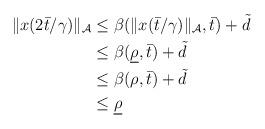
LaTeX: \begin{align*}\begin{aligned}\|x(2 \bar{t}/\gamma)\|_{\mathcal{A}} &\le \beta(\|x(\bar{t}/\gamma)\|_{\mathcal{A}},\bar{t}) + \tilde{d} \\&\le \beta(\underline{\rho},\bar{t}) + \tilde{d} \\&\le \beta(\rho,\bar{t}) + \tilde{d} \\& \le \underline{\rho}\end{aligned}\end{align*}